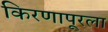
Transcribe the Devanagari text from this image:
किरणापूरला